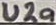
Text: U2a